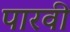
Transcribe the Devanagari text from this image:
पारवी